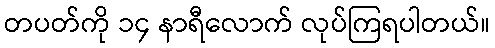
တပတ်ကို ၁၄ နာရီလောက် လုပ်ကြရပါတယ်။